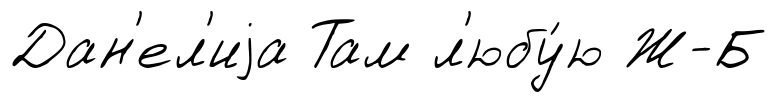
Дан'ел'иjа Там л'юбу́ю Ж-Б